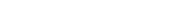
٥٧